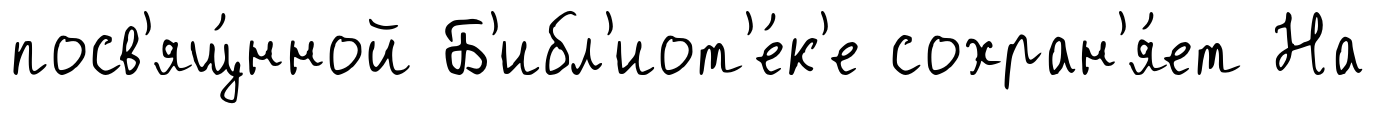
посв'ящ́нной Б'ибл'иот'е́к'е сохран'я́ет На